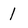
Character: 1